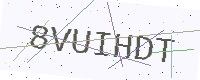
Text: 8VUIHDT